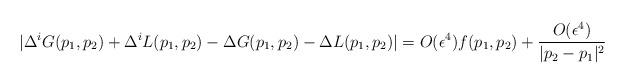
LaTeX: \begin{align*} | \Delta^i G(p_1,p_2) + \Delta^i L(p_1,p_2) - \Delta G(p_1,p_2) - \Delta L(p_1,p_2) | = O(\epsilon^4) f(p_1,p_2) + \frac{ O(\epsilon^4) }{ |p_2 - p_1|^2}\end{align*}